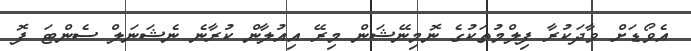
އެވޯޑަށް ވާދަކުރާ ފިލްމުތަކުގެ ނޮމިނޭޝަން މިރޭ އިއުލާން ކުރާނެ ނެޝަނަލް ސެންޓަ ފޮ